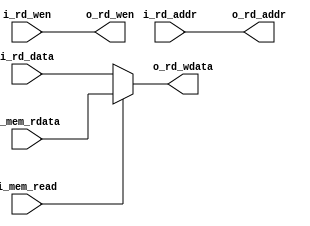
module wbu(
    // wb
    input  [63:0] i_rd_data,
    input  [4:0]  i_rd_addr,
    input  [63:0] i_mem_rdata,

    // wb control
    input         i_rd_wen,
    input         i_mem_read,

    // reg_file
    output        o_rd_wen,
    output [4:0]  o_rd_addr,
    output [63:0] o_rd_wdata
);

assign o_rd_wen   = i_rd_wen;

assign o_rd_addr  = i_rd_addr;

assign o_rd_wdata = i_mem_read ? i_mem_rdata : i_rd_data;



endmodule